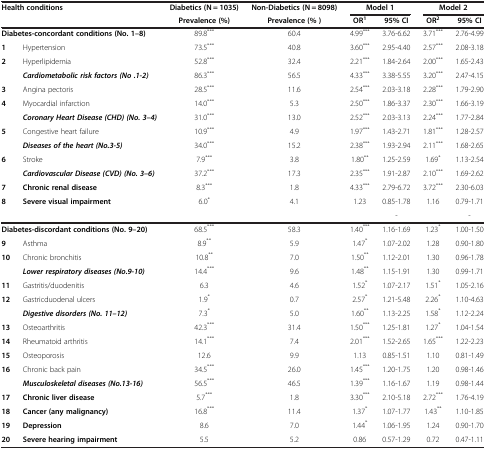
<table><thead><tr><td rowspan="2" colspan="2"><b>Health conditions</b></td><td><b>Diabetics (N = 1035)</b></td><td><b>Non-Diabetics (N = 8098)</b></td><td colspan="2"><b>Model 1</b></td><td colspan="2"><b>Model 2</b></td></tr><tr><td><b>Prevalence (%)</b></td><td><b>Prevalence (% )</b></td><td><b>OR<sup>1</sup></b></td><td><b>95% CI</b></td><td><b>OR<sup>2</sup></b></td><td><b>95% CI</b></td></tr></thead><tbody><tr><td colspan="2"><b>Diabetes-concordant conditions (No. 1–8)</b></td><td>89.8<sup>***</sup></td><td>60.4</td><td>4.99<sup>***</sup></td><td>3.76-6.62</td><td>3.71<sup>***</sup></td><td>2.76-4.99</td></tr><tr><td><b>1</b></td><td>Hypertension</td><td>73.5<sup>***</sup></td><td>40.8</td><td>3.60<sup>***</sup></td><td>2.95-4.40</td><td>2.57<sup>***</sup></td><td>2.08-3.18</td></tr><tr><td><b>2</b></td><td>Hyperlipidemia</td><td>52.8<sup>***</sup></td><td>32.4</td><td>2.21<sup>***</sup></td><td>1.84-2.64</td><td>2.00<sup>***</sup></td><td>1.65-2.43</td></tr><tr><td> </td><td><b><i>Cardiometabolic risk factors (No .1-2)</i></b></td><td>86.3<sup>***</sup></td><td>56.5</td><td>4.33<sup>***</sup></td><td>3.38-5.55</td><td>3.20<sup>***</sup></td><td>2.47-4.15</td></tr><tr><td><b>3</b></td><td>Angina pectoris</td><td>28.5<sup>***</sup></td><td>11.6</td><td>2.54<sup>***</sup></td><td>2.03-3.18</td><td>2.28<sup>***</sup></td><td>1.79-2.90</td></tr><tr><td><b>4</b></td><td>Myocardial infarction</td><td>14.0<sup>***</sup></td><td>5.3</td><td>2.50<sup>***</sup></td><td>1.86-3.37</td><td>2.30<sup>***</sup></td><td>1.66-3.19</td></tr><tr><td> </td><td><b><i>Coronary Heart Disease (CHD) (No. 3–4)</i></b></td><td>31.0<sup>***</sup></td><td>13.0</td><td>2.52<sup>***</sup></td><td>2.03-3.13</td><td>2.24<sup>***</sup></td><td>1.77-2.84</td></tr><tr><td><b>5</b></td><td>Congestive heart failure</td><td>10.9<sup>***</sup></td><td>4.9</td><td>1.97<sup>***</sup></td><td>1.43-2.71</td><td>1.81<sup>***</sup></td><td>1.28-2.57</td></tr><tr><td> </td><td><b><i>Diseases of the heart (No.3-5)</i></b></td><td>34.0<sup>***</sup></td><td>15.2</td><td>2.38<sup>***</sup></td><td>1.93-2.94</td><td>2.11<sup>***</sup></td><td>1.68-2.65</td></tr><tr><td><b>6</b></td><td>Stroke</td><td>7.9<sup>***</sup></td><td>3.8</td><td>1.80<sup>**</sup></td><td>1.25-2.59</td><td>1.69<sup>*</sup></td><td>1.13-2.54</td></tr><tr><td> </td><td><b><i>Cardiovascular Disease (CVD) (No. 3–6)</i></b></td><td>37.2<sup>***</sup></td><td>17.3</td><td>2.35<sup>***</sup></td><td>1.91-2.87</td><td>2.10<sup>***</sup></td><td>1.69-2.62</td></tr><tr><td><b>7</b></td><td><b>Chronic renal disease</b></td><td>8.3<sup>***</sup></td><td>1.8</td><td>4.33<sup>***</sup></td><td>2.79-6.72</td><td>3.72<sup>***</sup></td><td>2.30-6.03</td></tr><tr><td><b>8</b></td><td><b>Severe visual impairment</b></td><td>6.0<sup>*</sup></td><td>4.1</td><td>1.23</td><td>0.85-1.78</td><td>1.16</td><td>0.79-1.71</td></tr><tr><td> </td><td> </td><td> </td><td> </td><td> </td><td>-</td><td> </td><td>-</td></tr><tr><td colspan="2"><b>Diabetes-discordant conditions (No. 9–20)</b></td><td>68.5<sup>***</sup></td><td>58.3</td><td>1.40<sup>***</sup></td><td>1.16-1.69</td><td>1.23<sup>*</sup></td><td>1.00-1.50</td></tr><tr><td><b>9</b></td><td>Asthma</td><td>8.9<sup>**</sup></td><td>5.9</td><td>1.47<sup>*</sup></td><td>1.07-2.02</td><td>1.28</td><td>0.90-1.80</td></tr><tr><td><b>10</b></td><td>Chronic bronchitis</td><td>10.8<sup>**</sup></td><td>7.0</td><td>1.50<sup>**</sup></td><td>1.12-2.01</td><td>1.30</td><td>0.96-1.78</td></tr><tr><td> </td><td><b><i>Lower respiratory diseases (No.9-10)</i></b></td><td>14.4<sup>***</sup></td><td>9.6</td><td>1.48<sup>**</sup></td><td>1.15-1.91</td><td>1.30</td><td>0.99-1.71</td></tr><tr><td><b>11</b></td><td>Gastritis/duodenitis</td><td>6.3</td><td>4.6</td><td>1.52<sup>*</sup></td><td>1.07-2.17</td><td>1.51<sup>*</sup></td><td>1.05-2.16</td></tr><tr><td><b>12</b></td><td>Gastricduodenal ulcers</td><td>1.9<sup>*</sup></td><td>0.7</td><td>2.57<sup>*</sup></td><td>1.21-5.48</td><td>2.26<sup>*</sup></td><td>1.10-4.63</td></tr><tr><td> </td><td><b><i>Digestive disorders (No. 11–12)</i></b></td><td>7.3<sup>*</sup></td><td>5.0</td><td>1.60<sup>**</sup></td><td>1.13-2.25</td><td>1.58<sup>*</sup></td><td>1.12-2.24</td></tr><tr><td><b>13</b></td><td>Osteoarthritis</td><td>42.3<sup>***</sup></td><td>31.4</td><td>1.50<sup>***</sup></td><td>1.25-1.81</td><td>1.27<sup>*</sup></td><td>1.04-1.54</td></tr><tr><td><b>14</b></td><td>Rheumatoid arthritis</td><td>14.1<sup>***</sup></td><td>7.4</td><td>2.01<sup>***</sup></td><td>1.52-2.65</td><td>1.65<sup>***</sup></td><td>1.22-2.23</td></tr><tr><td><b>15</b></td><td>Osteoporosis</td><td>12.6</td><td>9.9</td><td>1.13</td><td>0.85-1.51</td><td>1.10</td><td>0.81-1.49</td></tr><tr><td><b>16</b></td><td>Chronic back pain</td><td>34.5<sup>***</sup></td><td>26.0</td><td>1.45<sup>***</sup></td><td>1.20-1.75</td><td>1.20</td><td>0.98-1.46</td></tr><tr><td> </td><td><b><i>Musculoskeletal diseases (No.13-16)</i></b></td><td>56.5<sup>***</sup></td><td>46.5</td><td>1.39<sup>***</sup></td><td>1.16-1.67</td><td>1.19</td><td>0.98-1.44</td></tr><tr><td><b>17</b></td><td><b>Chronic liver disease</b></td><td>5.7<sup>***</sup></td><td>1.8</td><td>3.30<sup>***</sup></td><td>2.10-5.18</td><td>2.72<sup>***</sup></td><td>1.76-4.19</td></tr><tr><td><b>18</b></td><td><b>Cancer (any malignancy)</b></td><td>16.8<sup>***</sup></td><td>11.4</td><td>1.37<sup>*</sup></td><td>1.07-1.77</td><td>1.43<sup>**</sup></td><td>1.10-1.85</td></tr><tr><td><b>19</b></td><td><b>Depression</b></td><td>8.6</td><td>7.0</td><td>1.44<sup>*</sup></td><td>1.06-1.95</td><td>1.24</td><td>0.90-1.70</td></tr><tr><td><b>20</b></td><td><b>Severe hearing impairment</b></td><td>5.5</td><td>5.2</td><td>0.86</td><td>0.57-1.29</td><td>0.72</td><td>0.47-1.11</td></tr></tbody></table>